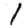
Digit: 1